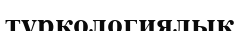
түркологиялық